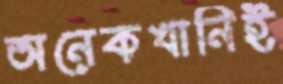
অনেকখানিই